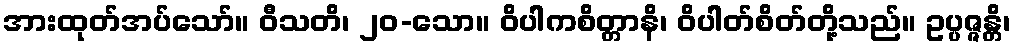
အားထုတ်အပ်သော်။ ဝီသတိ၊ ၂၀-သော။ ဝိပါကစိတ္တာနိ၊ ဝိပါတ်စိတ်တို့သည်။ ဥပ္ပဇ္ဇန္တိ၊